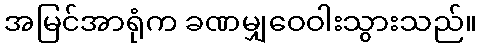
အမြင်အာရုံက ခဏမျှဝေဝါးသွားသည်။